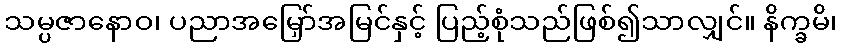
သမ္ပဇာနောဝ၊ ပညာအမြှော်အမြင်နှင့် ပြည့်စုံသည်ဖြစ်၍သာလျှင်။ နိက္ခမိ၊